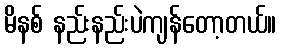
မိနစ် နည်းနည်းပဲကျန်တော့တယ်။